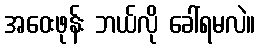
အဝေးဖုန်း ဘယ်လို ခေါ်ရမလဲ။